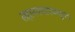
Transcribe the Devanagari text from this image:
लहानपणापपासूनच